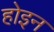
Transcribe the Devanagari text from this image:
होइन